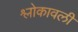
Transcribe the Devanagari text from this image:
श्लोकावली